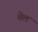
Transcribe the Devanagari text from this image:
चेलं